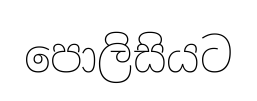
පොලිසියට